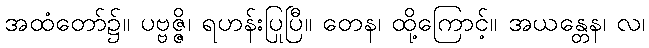
အထံတော်၌။ ပဗ္ဗဇ္ဇိ၊ ရဟန်းပြုပြီ။ တေန၊ ထို့ကြောင့်။ အယန္တေန၊ လ၊